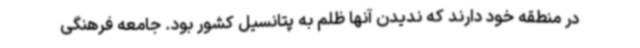
در منطقه خود دارند که ندیدن آنها ظلم به پتانسیل کشور بود. جامعه فرهنگی